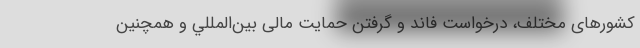
کشورهای مختلف، درخواست فاند و گرفتن حمایت مالی بين‌‌المللي و همچنین